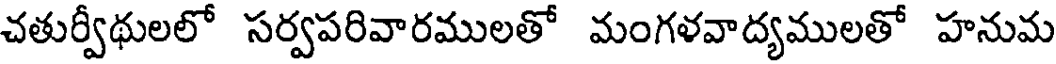
చతుర్వీథులలో సర్వపరివారములతో మంగళవాద్యములతో హనుమ